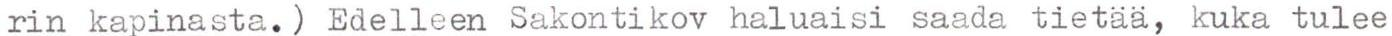
rin kapinasta.) Edelleen Sakontikov haluaisi saada tietää, kuka tulee